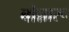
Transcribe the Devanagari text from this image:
बोन्नारू